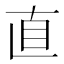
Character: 直